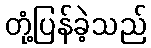
တုံ့ပြန်ခဲ့သည်